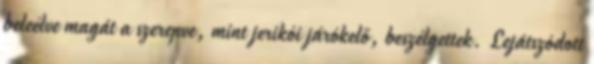
beleélve magát a szerepve, mint jerikói járókelő, beszélgettek. Lejátszódott